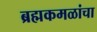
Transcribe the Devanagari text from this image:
ब्रह्मकमळांचा